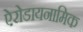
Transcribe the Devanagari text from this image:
ऐरोडायनामिक